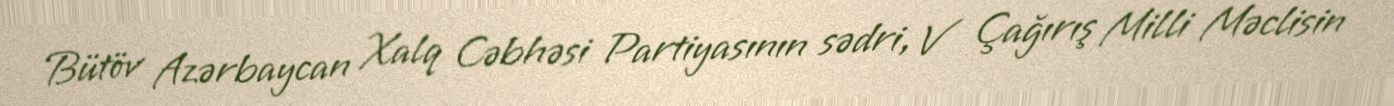
Bütöv Azərbaycan Xalq Cəbhəsi Partiyasının sədri, V Çağırış Milli Məclisin